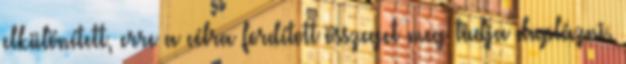
elkülönített, erre a célra fordított összeget meg tudja duplázni.